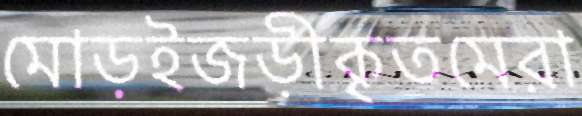
মোড়ইজড়ীকৃতমেরা